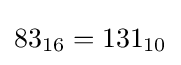
83_{16}=131_{10}